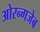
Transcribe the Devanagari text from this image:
ओरन्गजेब